Insane asylums in Bengal annual reports 1867-1875 - 1867-1875
Year: 1867
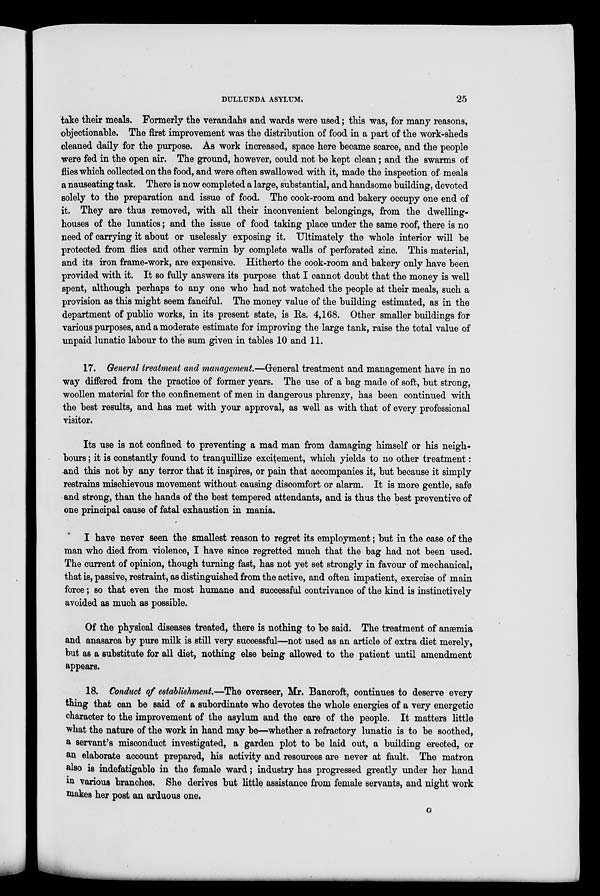
DULLUNDA ASYLUM.
25
take their meals. Formerly the verandahs and wards were used; this was, for many reasons,
objectionable. The first improvement was the distribution of food in a part of the work-sheds
cleaned daily for the purpose. As work increased, space here became scarce, and the people
were fed in the open air. The ground, however, could not be kept clean; and the swarms of
flies which collected on the food, and were often swallowed with it, made the inspection of meals
a nauseating task. There is now completed a large, substantial, and handsome building, devoted
solely to the preparation and issue of food. The cook-room and bakery occupy one end of
it. They are thus removed, with all their inconvenient belongings, from the dwelling-
houses of the lunatics; and the issue of food taking place under the same roof, there is no
need of carrying it about or uselessly exposing it. Ultimately the whole interior will be
protected from flies and other vermin by complete walls of perforated zinc. This material,
and its iron frame-work, are expensive. Hitherto the cook-room and bakery only have been
provided with it. It so fully answers its purpose that I cannot doubt that the money is well
spent, although perhaps to any one who had not watched the people at their meals, such a
provision as this might seem fanciful. The money value of the building estimated, as in the
department of public works, in its present state, is Rs. 4,168. Other smaller buildings for
various purposes, and a moderate estimate for improving the large tank, raise the total value of
unpaid lunatic labour to the sum given in tables 10 and 11.
17. General treatment and management.—General treatment and management have in no
way differed from the practice of former years. The use of a bag made of soft, but strong,
woollen material for the confinement of men in dangerous phrenzy, has been continued with
the best results, and has met with your approval, as well as with that of every professional
visitor.
Its use is not confined to preventing a mad man from damaging himself or his neigh-
bours ; it is constantly found to tranquillize excitement, which yields to no other treatment:
and this not by any terror that it inspires, or pain that accompanies it, but because it simply
restrains mischievous movement without causing discomfort or alarm. It is more gentle, safe
and strong, than the hands of the best tempered attendants, and is thus the best preventive of
one principal cause of fatal exhaustion in mania.
I have never seen the smallest reason to regret its employment; but in the case of the
man who died from violence, I have since regretted much that the bag had not been used.
The current of opinion, though turning fast, has not yet set strongly in favour of mechanical,
that is, passive, restraint, as distinguished from the active, and often impatient, exercise of main
force ; so that even the most humane and successful contrivance of the kind is instinctively
avoided as much as possible.
Of the physical diseases treated, there is nothing to be said. The treatment of anæmia
and anasarca by pure milk is still very successful—not used as an article of extra diet merely,
but as a substitute for all diet, nothing else being allowed to the patient until amendment
appears.
18. Conduct of establishment.—The overseer, Mr. Bancroft, continues to deserve every
thing that can be said of a subordinate who devotes the whole energies of a very energetic
character to the improvement of the asylum and the care of the people. It matters little
what the nature of the work in hand may be—whether a refractory lunatic is to be soothed,
a servant's misconduct investigated, a garden plot to be laid out, a building erected, or
an elaborate account prepared, his activity and resources are never at fault. The matron
also is indefatigable in the female ward; industry has progressed greatly under her hand
in various branches. She derives but little assistance from female servants, and night work
makes her post an arduous one.
G